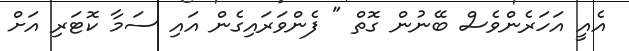
އެއީ އަހަރެންވެސް ބޭނުން ގޮތް " ފެންވަރައިގެން އައި ސަމާ ކޮޓަރި އަށް